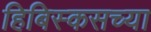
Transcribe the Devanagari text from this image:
हिबिस्कसच्या